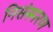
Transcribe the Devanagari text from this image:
निसंस्मरण